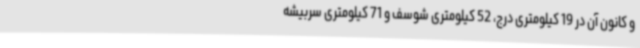
و کانون آن در 19 کیلومتری درج، 52 کیلومتری شوسف و 71 کیلومتری سربیشه